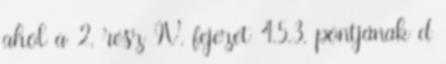
ahol a 2. rész IV. fejezet 4.5.3. pontjának d